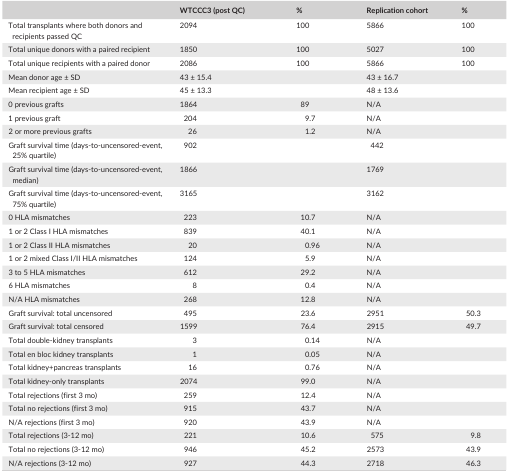
<table><thead><tr><td></td><td><b>WTCCC3 (post QC)</b></td><td><b>%</b></td><td><b>Replication cohort</b></td><td><b>%</b></td></tr></thead><tbody><tr><td>Total transplants where both donors and recipients passed QC</td><td>2094</td><td>100</td><td>5866</td><td>100</td></tr><tr><td>Total unique donors with a paired recipient</td><td>1850</td><td>100</td><td>5027</td><td>100</td></tr><tr><td>Total unique recipients with a paired donor</td><td>2086</td><td>100</td><td>5866</td><td>100</td></tr><tr><td>Mean donor age ± SD</td><td>43 ± 15.4</td><td></td><td>43 ± 16.7</td><td></td></tr><tr><td>Mean recipient age ± SD</td><td>45 ± 13.3</td><td></td><td>48 ± 13.6</td><td></td></tr><tr><td>0 previous grafts</td><td>1864</td><td>89</td><td>N/A</td><td></td></tr><tr><td>1 previous graft</td><td>204</td><td>9.7</td><td>N/A</td><td></td></tr><tr><td>2 or more previous grafts</td><td>26</td><td>1.2</td><td>N/A</td><td></td></tr><tr><td>Graft survival time (days‐to‐uncensored‐event, 25% quartile)</td><td>902</td><td></td><td>442</td><td></td></tr><tr><td>Graft survival time (days‐to‐uncensored‐event, median)</td><td>1866</td><td></td><td>1769</td><td></td></tr><tr><td>Graft survival time (days‐to‐uncensored‐event, 75% quartile)</td><td>3165</td><td></td><td>3162</td><td></td></tr><tr><td>0 HLA mismatches</td><td>223</td><td>10.7</td><td>N/A</td><td></td></tr><tr><td>1 or 2 Class I HLA mismatches</td><td>839</td><td>40.1</td><td>N/A</td><td></td></tr><tr><td>1 or 2 Class II HLA mismatches</td><td>20</td><td>0.96</td><td>N/A</td><td></td></tr><tr><td>1 or 2 mixed Class I/II HLA mismatches</td><td>124</td><td>5.9</td><td>N/A</td><td></td></tr><tr><td>3 to 5 HLA mismatches</td><td>612</td><td>29.2</td><td>N/A</td><td></td></tr><tr><td>6 HLA mismatches</td><td>8</td><td>0.4</td><td>N/A</td><td></td></tr><tr><td>N/A HLA mismatches</td><td>268</td><td>12.8</td><td>N/A</td><td></td></tr><tr><td>Graft survival: total uncensored</td><td>495</td><td>23.6</td><td>2951</td><td>50.3</td></tr><tr><td>Graft survival: total censored</td><td>1599</td><td>76.4</td><td>2915</td><td>49.7</td></tr><tr><td>Total double‐kidney transplants</td><td>3</td><td>0.14</td><td>N/A</td><td></td></tr><tr><td>Total en bloc kidney transplants</td><td>1</td><td>0.05</td><td>N/A</td><td></td></tr><tr><td>Total kidney+pancreas transplants</td><td>16</td><td>0.76</td><td>N/A</td><td></td></tr><tr><td>Total kidney‐only transplants</td><td>2074</td><td>99.0</td><td>N/A</td><td></td></tr><tr><td>Total rejections (first 3 mo)</td><td>259</td><td>12.4</td><td>N/A</td><td></td></tr><tr><td>Total no rejections (first 3 mo)</td><td>915</td><td>43.7</td><td>N/A</td><td></td></tr><tr><td>N/A rejections (first 3 mo)</td><td>920</td><td>43.9</td><td>N/A</td><td></td></tr><tr><td>Total rejections (3‐12 mo)</td><td>221</td><td>10.6</td><td>575</td><td>9.8</td></tr><tr><td>Total no rejections (3‐12 mo)</td><td>946</td><td>45.2</td><td>2573</td><td>43.9</td></tr><tr><td>N/A rejections (3‐12 mo)</td><td>927</td><td>44.3</td><td>2718</td><td>46.3</td></tr></tbody></table>